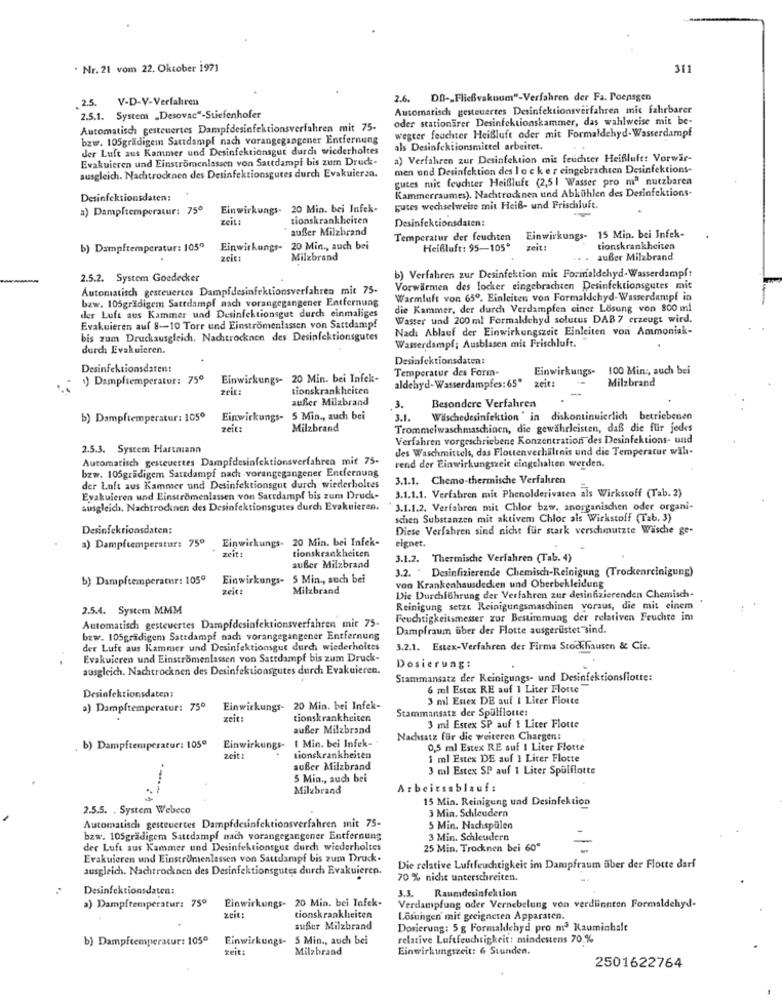
. Nr. 21 vom 22. Oktober 1971
311
2.5.
V-D-V-Verfahren
2.6. DB -_ Fließvakuum"-Verfahren der Fa. Poensgen
Automatisch gesteuertes Desinfektionsverfahren mic fahrbarer
2.5.1. System _Desovac"-Stiefenhofer
oder stationärer Desinfektionskammer, das wahlweise mit be-
Automatisch gesteuertes Dampfdesinfektionsverfahren mit 75-
bzw. 105gradigem Sattdampf nach vorangegangener Entfernung
wegter feachter Heißluft oder mit Formaldehyd-Wasserdampf
der Luft aus Kammer und Desinfektionsgut durch wiederholtes
als Desinfektionsmittel arbeitet.
Evakuieren und Einstromenlassen von Sattdampf bis zum Druck-
a) Verfahren zur Desinfektion mit feuchter Heißluft: Vorwar-
men und Desinfektion des I o c k e r eingebrachten Desinfektions-
ausgleich. Nachtrocknen des Desinfektionsgutes durch Evakuiert0.
gutes mic feuchter Heißluft (2,5 | Wasser pro mª nutzbaren
Kammerraumes). Nachtrocknen und Abkühlen des Desinfektions-
Desinfektionsdaten:
a) Dampftemperatur: 75º
Einwirkungs- 20 Min. bei Infek-
gutes wechselweise mit Heiß- und Frischluft.
zeit:
tionskrankheiten
Desinfektionsdaten:
außer Milzbrand
Temperatur der feuchten
Einwirkungs- 15 Min. bei Infek-
b) Dampftemperatur: 1050
Einwirkungs-
20 Min ., auch bei
Heißluft: 95-105*
zeit!
tionskrankheiten
zeit:
Milzbrand
außer Milabrand
2.5.2. System Goedecker
b) Verfahren zur Desinfektion mit Forinaldehyd-Wasserdampf:
Automatisch gesteuertes Dampfdesinfektionsverfahren mit 75-
Vorwärmen des locker eingebrachten Desinfektionsgutes mit
bzw. 105grädigem Sattdampf nach vorangegangener Entfernung
Warmluft von 65º. Einleiten von Formaldehyd-Wasserdampf in
die Kammer, der durch Verdampfen einer Lösung von 800 ml
der Luft aus Kammer und Desinfektionsgut durch einmaliges
Wasser und 200 ml Formaldehyd solutus DAB 7 erzeugt wird.
Evakuieren auf 8-10 Torr und Einströmenlassen von Sattdamp!
Nada Ablauf der Einwirkungszeit Einleiten von Ammoniak-
bis zum Druckausgleich. Nachtrocknen des Desinfektionsgutes
Wasserdampf; Ausblasen mit Frischluft.
durch Evakuieren.
Desinfektionsdaten
Desinfektionsdaten:
Temperatur des Form-
Einwirkungs-
100 Min :, auch bei
) Dampftemperatur: 75º
Einwirkungs- 20 Min. bei Infek-
zeit
Milzbrand
zeit:
tionskrankheiten
aldehyd-Wasserdampfes:65º
außer Milzbrand
3.
Besondere Verfahren
b) Dampftemperatur: 105º
Einwirkungs- 5 Min ., auch bei
3.1.
Walschedesinfektion ' in
diskontinuierlich betriebenen
zeit:
Milzbrand
Trommelwaschmaschinen, die gewährleisten, daß die für jedes
Verfahren vorgeschriebene Konzentration des Desinfektions- und
2.5.3. System Hartmann
des Waschmittels, das Floutenverhältnis und die Temperatur wih.
Automatisch gesteuertes Dampfdesinfektionsverfahren mit 75-
bzw. 105gradigem Saredampf nach -vorangegangener Entfernung
rend der Einwirkungszeit eingehalten werden.
3.1.1. Chemo-thermische Verfahren
der Luft aus Kammer und Desinfektionsgut durch wiederholtes
3.1.1.1. Verfahren mit Phenolderivaten als Wirkstoff (Tab. 2)
Evakuieren und Einströmenlassen von Satrdampf bis zum Druck-
ausgleich. Nachtrocknen des Desinfektionsgutes durch Evakuieren.
` 3.1.1.2. Verfahren mit Chlor bzw. anorganischen oder organi-
schen Substanzen mit aktivem Chlor als Wirkstoff (Tab. 3)
Desinfekrionsdaten:
Diese Verfahren sind nicht fur stark verschmutzte Wische ge-
Einwirkungs- 20 Min. bei Infek-
a) Dampftemperatur: 750
zeit:
eignet.
tionskrankheiten
3.1.2. Thermische Verfahren (Tab. 4)
außer Milzbrand
3.2.
Desinfizierende Chemisch-Reinigung (Trockenreinigung)
b) Dampftemperatur: 105ª
Einwirkungs- 5 Min ., auch bei
von Krankenhausdecken und Oberbekleidung
zeit:
Milzbrand
Die Durchführung der Verfahren zur desinfizierenden Chemisch-
..
2.5.4. System MMM
Reinigung setzt Reinigungsmaschinen voraus, die mit einem
Automatisch gesteuertes Dampfdesinfektionsverfahren mit 75-
Feuchtigkeitsmesser zur Bestimmung der relativen Fruchte im
Dampfraum über der Flotte ausgerüstet sind.
bzw. 105gradigem Sattdampf nach vorangegangener Entfernung
der Luft aus Kammer und Desinfektionsgut durch wiederholtes
3.2.1. Estex-Verfahren der Firma Stockhausen & Cie.
Evakuieren und Einstromenlassen von Sattdampf bis zum Druck-
ausgleich. Nachtrocknen des Desinfektionsgutes durch Evakuieren.
Dosierung:
Stammansatz der Reinigungs- und Desinfektionsflotte:
6 ml Estex RE auf 1 Liter Flotte
Desinfektionsdaten:
3 ml Entex DE auf I Liter Flotte
a) Dampftemperatur: 75º
Einwirkungs- 20 Min. bei Infek-
Stammansatz der Spülflotte:
zeit:
tionskrankheiten
außer Milzbrand
3 ml Estex SP auf 1 Liter Flotte
Einwirkungs- 1 Min. bei Infek -*
Nachsatz für die weiteren Chargen:
. b) Dampftemperatur: 1050
0,5 ml Estex RE auf 1 Liter Flotte
zeit:
tionskrankheiten
1 ml Estex DE auf 1 Liter Flotte
außer Milzbrand
3 ml Estex SP auf 1 Liter Spülflotte
5 Min ., auch bei
Milabrand
Arbeitsablauf:
15 Min. Reinigung und Desinfektion
2.5.5. . System Webeco
3 Min. Schleudern
Automatisch gesteuertes Dampfdesinfektionsverfahren mit 75-
5 Min. Nachspülen
bzw. 105gradigem Sattdampf nach vorangegangener Entfernung
3 Min. Schleudern
der Luft aus Kammer und Desinfektionsgur durch wiederholtes
25 Min. Trocknen bei 60"
Evakuieren und EinstrUmenlassen von Sattdampf bis zum Druck.
ausgleich. Nachtrocknen des Desinfektionsgutes durch Evakuierto.
Die relative Luftfeuchtigkeit im Dampfraum aber der Flotte darf
70 % nicht unterschreiten.
Desinfektionsdaten:
3.3. Raumdesinfektion
a) Dampftemperatur: 75º
Einwirkungs- 20 Min. bei Infek-
eit:
Verdampfung oder Vernebelung von verdlinnten Formaldehyd-
tionskrankheiten
Lösungen mit geeigneten Apparaten.
außer Milzbrand
Dosierung: 5 g Formaldehyd pro m3 Rauminhalt
b) Dampftemperatur: 1050
Einwirkungs- 5 Min ., auch bei
relative Luftfeuchtigkeit: mindestens 70.%
zeit:
Milabrand
Einwirkungszeit: 6 Stunden.
2501622764